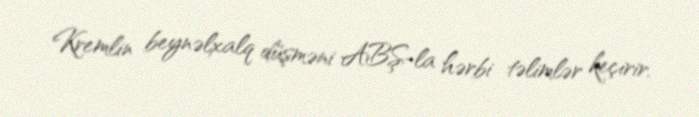
Kremlin beynəlxalq düşməni ABŞ-la hərbi təlimlər keçirir.